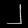
Digit: ၂